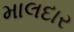
માલદાર